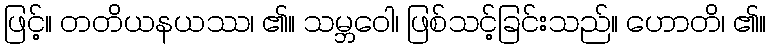
ဖြင့်။ တတိယနယဿ၊ ၏။ သမ္ဘဝေါ၊ ဖြစ်သင့်ခြင်းသည်။ ဟောတိ၊ ၏။